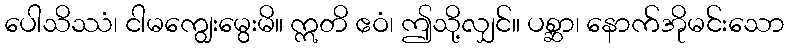
ပေါသိဿံ၊ ငါမကျွေးမွေးမိ။ ဣတိ ဧဝံ၊ ဤသို့လျှင်။ ပစ္ဆာ၊ နောက်အိုမင်းသော